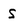
Character: s